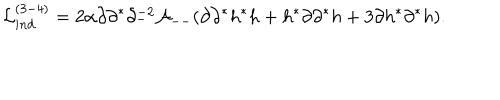
{ \cal L } _ { i n d } ^ { ( 3 - 4 ) } = 2 \alpha \partial \partial ^ { * } \partial _ { - } ^ { - 2 } { \cal A } _ { -- } ( \partial \partial ^ { * } h ^ { * } h + h ^ { * } \partial \partial ^ { * } h + 3 \partial h ^ { * } \partial ^ { * } h ) .